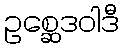
ဥစ္ဆေဒဝါဒီ